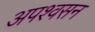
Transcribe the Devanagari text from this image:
अपश्वसन